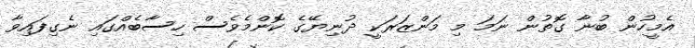
އެމީހުން ބުނާ ގޮތުން ނަމަ މި މަންޒަރަކީ ދުނިޔޭގެ ކޮންމެވެސް ހިސާބެއްގައި ނެގިފައިވާ